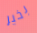
بخير